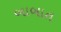
બાબાત